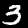
Label: 3